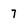
Character: 7